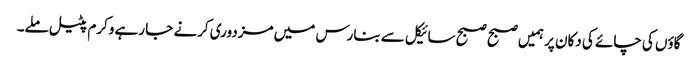
گاؤں کی چائے کی دکان پر ہمیں صبح صبح سائیکل سے بنارس میں مزدوری کرنے جا رہے وکرم پٹیل ملے۔